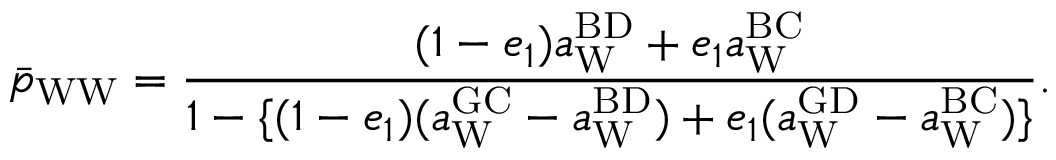
\bar { p } _ { \mathrm { W W } } = \frac { ( 1 - e _ { 1 } ) a _ { \mathrm { W } } ^ { \mathrm { B D } } + e _ { 1 } a _ { \mathrm { W } } ^ { \mathrm { B C } } } { 1 - \{ ( 1 - e _ { 1 } ) ( a _ { \mathrm { W } } ^ { \mathrm { G C } } - a _ { \mathrm { W } } ^ { \mathrm { B D } } ) + e _ { 1 } ( a _ { \mathrm { W } } ^ { \mathrm { G D } } - a _ { \mathrm { W } } ^ { \mathrm { B C } } ) \} } .